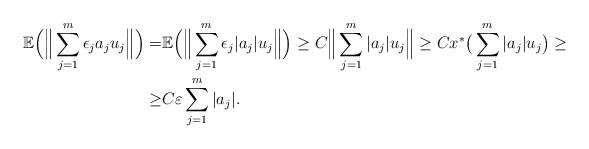
LaTeX: \begin{align*}\mathbb{E} \Big(\Big\|\sum_{j=1}^m \epsilon_j a_j u_j \Big\| \Big)= & \mathbb{E} \Big(\Big\|\sum_{j=1}^m \epsilon_j |a_j| u_j \Big\| \Big)\geq C \Big\|\sum_{j=1}^m |a_j| u_j\Big\|\geq Cx^*\big(\sum_{j=1}^m |a_j| u_j\big)\geq \\\geq & C\varepsilon\sum_{j=1}^m |a_j|.\end{align*}